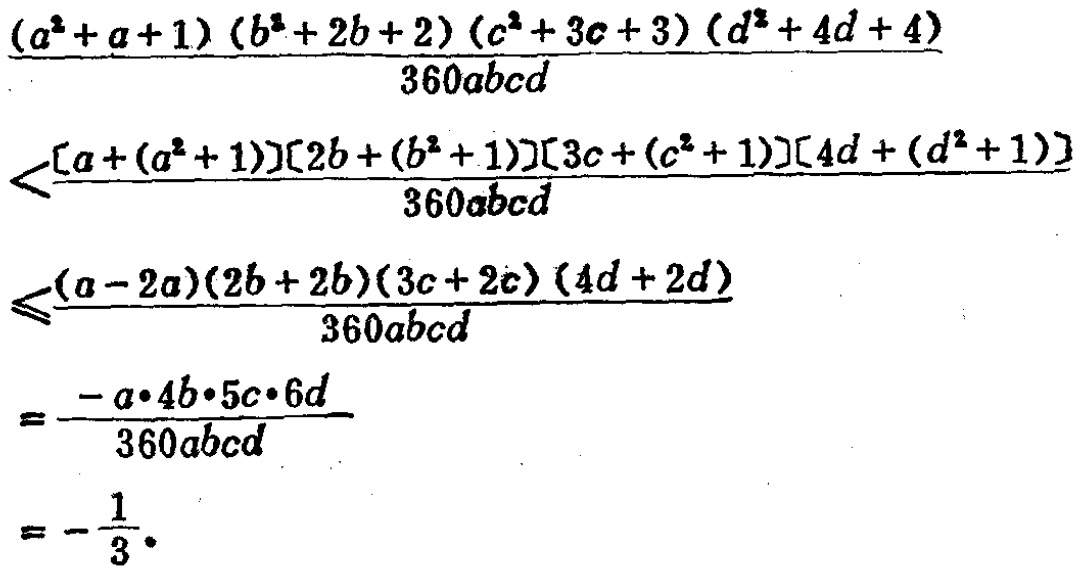
\[
\begin{align*}
&\frac{(a^{2}+a + 1)(b^{2}+2b + 2)(c^{2}+3c + 3)(d^{2}+4d + 4)}{360abcd}\\
<&\frac{[a+(a^{2}+1)][2b+(b^{2}+1)][3c+(c^{2}+1)][4d+(d^{2}+1)]}{360abcd}\\
\leqslant&\frac{(a - 2a)(2b+2b)(3c + 2c)(4d+2d)}{360abcd}\\
=&\frac{-a\cdot4b\cdot5c\cdot6d}{360abcd}\\
=&-\frac{1}{3}
\end{align*}
\]